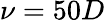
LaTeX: \nu=50D